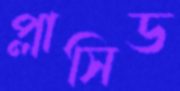
প্লাসিড